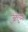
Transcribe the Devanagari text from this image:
जंतुंच्या